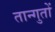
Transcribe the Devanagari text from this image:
तान्गुतों